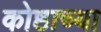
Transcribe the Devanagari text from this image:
कोष्ठाच्या